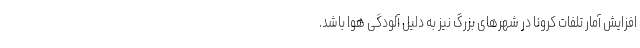
افزایش آمار تلفات کرونا در شهرهای بزرگ نیز به دلیل آلودگی هوا باشد.